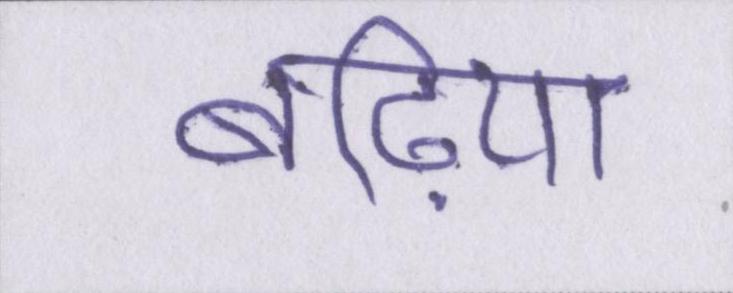
बढि़या